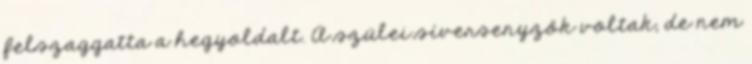
felszaggatta a hegyoldalt. A szülei síversenyzők voltak, de nem